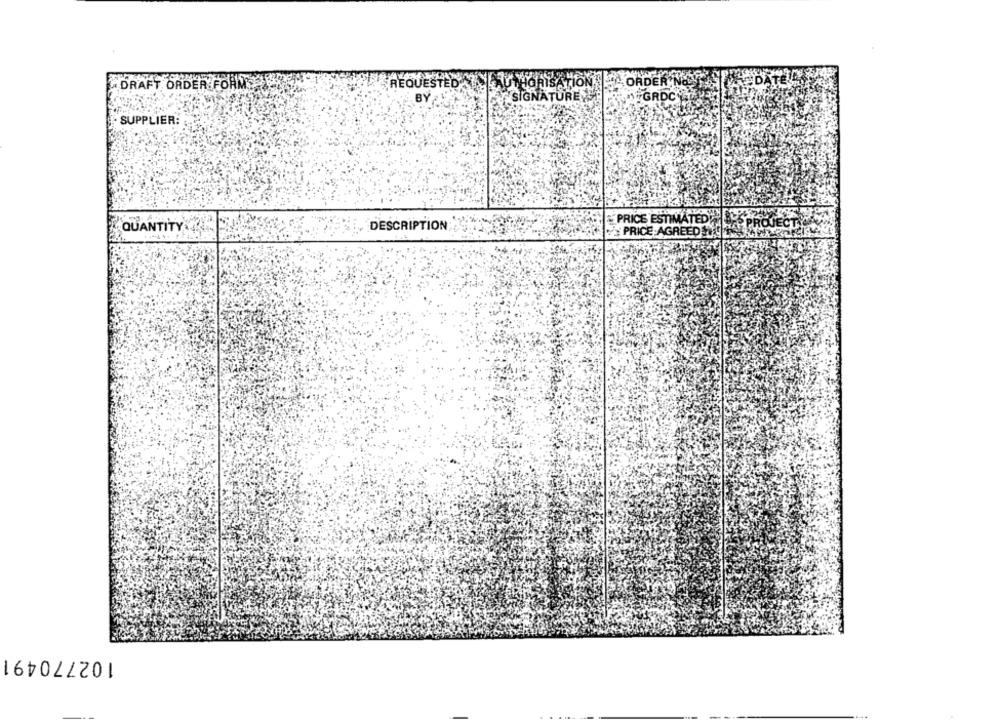
DRAFT ORDER FORM
REQUESTED TALAU TIGRISA
ORDER NO:
BÝ
SIGNATURE
MGRDC
SUPPLIER:
PRICE ESTIMATED
QUANTITY
DESCRIPTION
PRICE AGREED !2
102770491